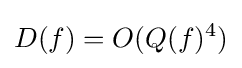
D(f)=O(Q(f)^{4})